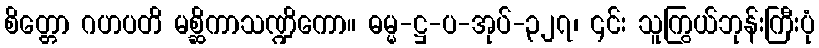
စိတ္တော ဂဟပတိ မစ္ဆိကာသဏ္ဍိကော။ ဓမ္မ-ဋ္ဌ-ပ-အုပ်-၃၂၇၊ ၎င်း သူကြွယ်ဘုန်းကြီးပုံ